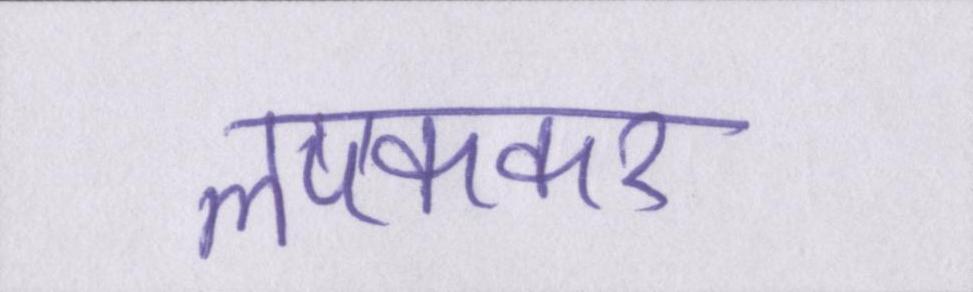
लपककर